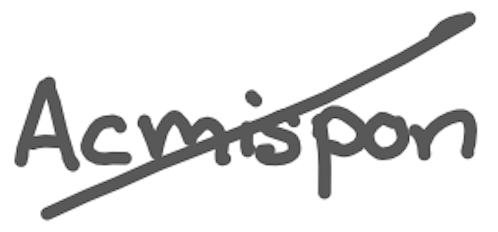
Text: Acmispon
Cross-out: diagonal
Writing tool: digital_gray